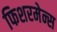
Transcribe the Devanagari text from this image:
फिशरमेन्स